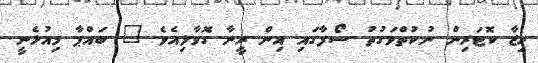
ރިޒާ ކޮޓަރިން ނުކުތްވަގުތު ސޯފާގައި އިން ރީނާ ގޮވާލިއެވެ " ބައްޕާ މިއުޅެނީ